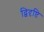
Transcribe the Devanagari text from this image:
द्विदृष्टि